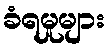
ခံရမှုများ